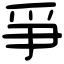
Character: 爭